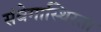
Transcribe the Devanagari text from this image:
संवेगास्थिरता